Scottish Leaving Certificate Examination, 1957
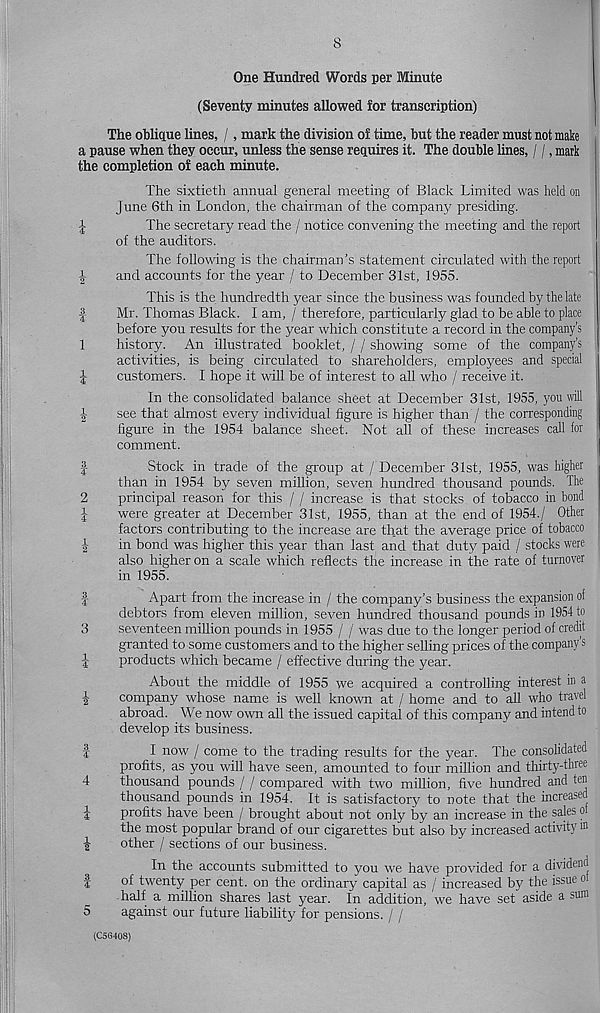
8
One Hundred Words per Minute
(Seventy minutes allowed for transcription)
The oblique lines, /, mark the division of time, but the reader must not make
a pause when they occur, unless the sense requires it. The double lines, / /, mark
the completion of each minute.
The sixtieth annual general meeting of Black Limited was held on
June 6th in London, the chairman of the company presiding.
1
The secretary read the / notice convening the meeting and the report
of the auditors.
The following is the chairman’s statement circulated with the report
|
and accounts for the year / to December 31st, 1955.
This is the hundredth year since the business was founded by the late
|
Mr. Thomas Black. I am, / therefore, particularly glad to be able to place
before you results for the year which constitute a record in the company’s
1
history. An illustrated booklet, / / showing some of the company's
activities, is being circulated to shareholders, employees and special
1
customers. I hope it will be of interest to all who / receive it.
In the consolidated balance sheet at December 31st, 1955, you will
see that almost every individual figure is higher than / the corresponding
figure in the 1954 balance sheet. Not all of these increases call for
comment.
|
Stock in trade of the group at / December 31st, 1955, was higher
than in 1954 by seven million, seven hundred thousand pounds. The
2
principal reason for this / / increase is that stocks of tobacco in bond
l
were greater at December 31st, 1955, than at the end of 1954./ Other
factors contributing to the increase are that the average price of tobacco
in bond was higher this year than last and that duty paid / stocks were
also higher on a scale which reflects the increase in the rate of turnover
in 1955.
|
Apart from the increase in / the company’s business the expansion of
debtors from eleven million, seven hundred thousand pounds in 1954 to
3
seventeen million pounds in 1955 / / was due to the longer period of credit
granted to some customers and to the higher selling prices of the company’s
i
products which became / effective during the year.
About the middle of 1955 we acquired a controlling interest in a
company whose name is well known at / home and to all who travel
abroad. We now own all the issued capital of this company and intend to
develop its business.
I
I now / come to the trading results for the year. The consolidated
profits, as you will have seen, amounted to four million and thirty-three
4
thousand pounds / / compared with two million, five hundred and ten
thousand pounds in 1954. It is satisfactory to note that the increased
J
profits have been / brought about not only by an increase in the sales of
the most popular brand of our cigarettes but also by increased activity in
^
other / sections of our business.
In the accounts submitted to you we have provided for a dividend
f
of twenty per cent, on the ordinary capital as / increased by the issue o
half a million shares last year. In addition, we have set aside a sum
5
against our future liability for pensions. / /
(C5G40S)